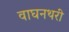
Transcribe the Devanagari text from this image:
वाघनथरी